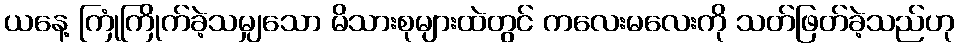
ယနေ့ ကြုံကြိုက်ခဲ့သမျှသော မိသားစုများထဲတွင် ကလေးမလေးကို သတ်ဖြတ်ခဲ့သည်ဟု